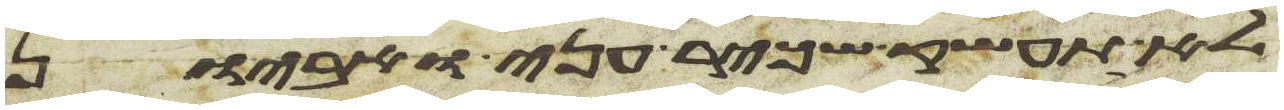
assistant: לא תעשק שכיר עני ואביון